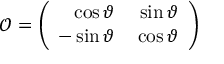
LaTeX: \mathcal { O } = \left( \begin{array} { r r } { { \displaystyle \cos \vartheta \null } } & { { \null \displaystyle \sin \vartheta } } \\ { { \displaystyle - \sin \vartheta \null } } & { { \null \displaystyle \cos \vartheta } } \end{array} \right)